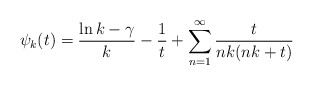
\begin{align*}\psi_k(t)=\frac{\ln k-\gamma}{k}-\frac{1}{t}+\sum_{n=1}^{\infty} \frac{t}{nk(nk+t)} \end{align*}